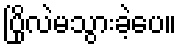
ပြိုလဲမသွားခဲ့ပေ။